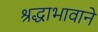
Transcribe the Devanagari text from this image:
श्रद्धाभावाने